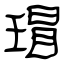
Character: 瑁